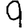
Digit: 9